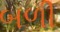
બળી